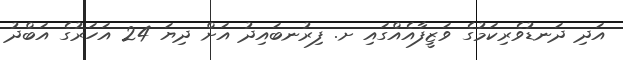
އަދި ދަނޑުވެރިކަމުގެ ވަޒީފާއެއްގައި ށ. ފިރުނބައިދު އަށް ދިޔަ 24 އަހަރުގެ އަބްދު